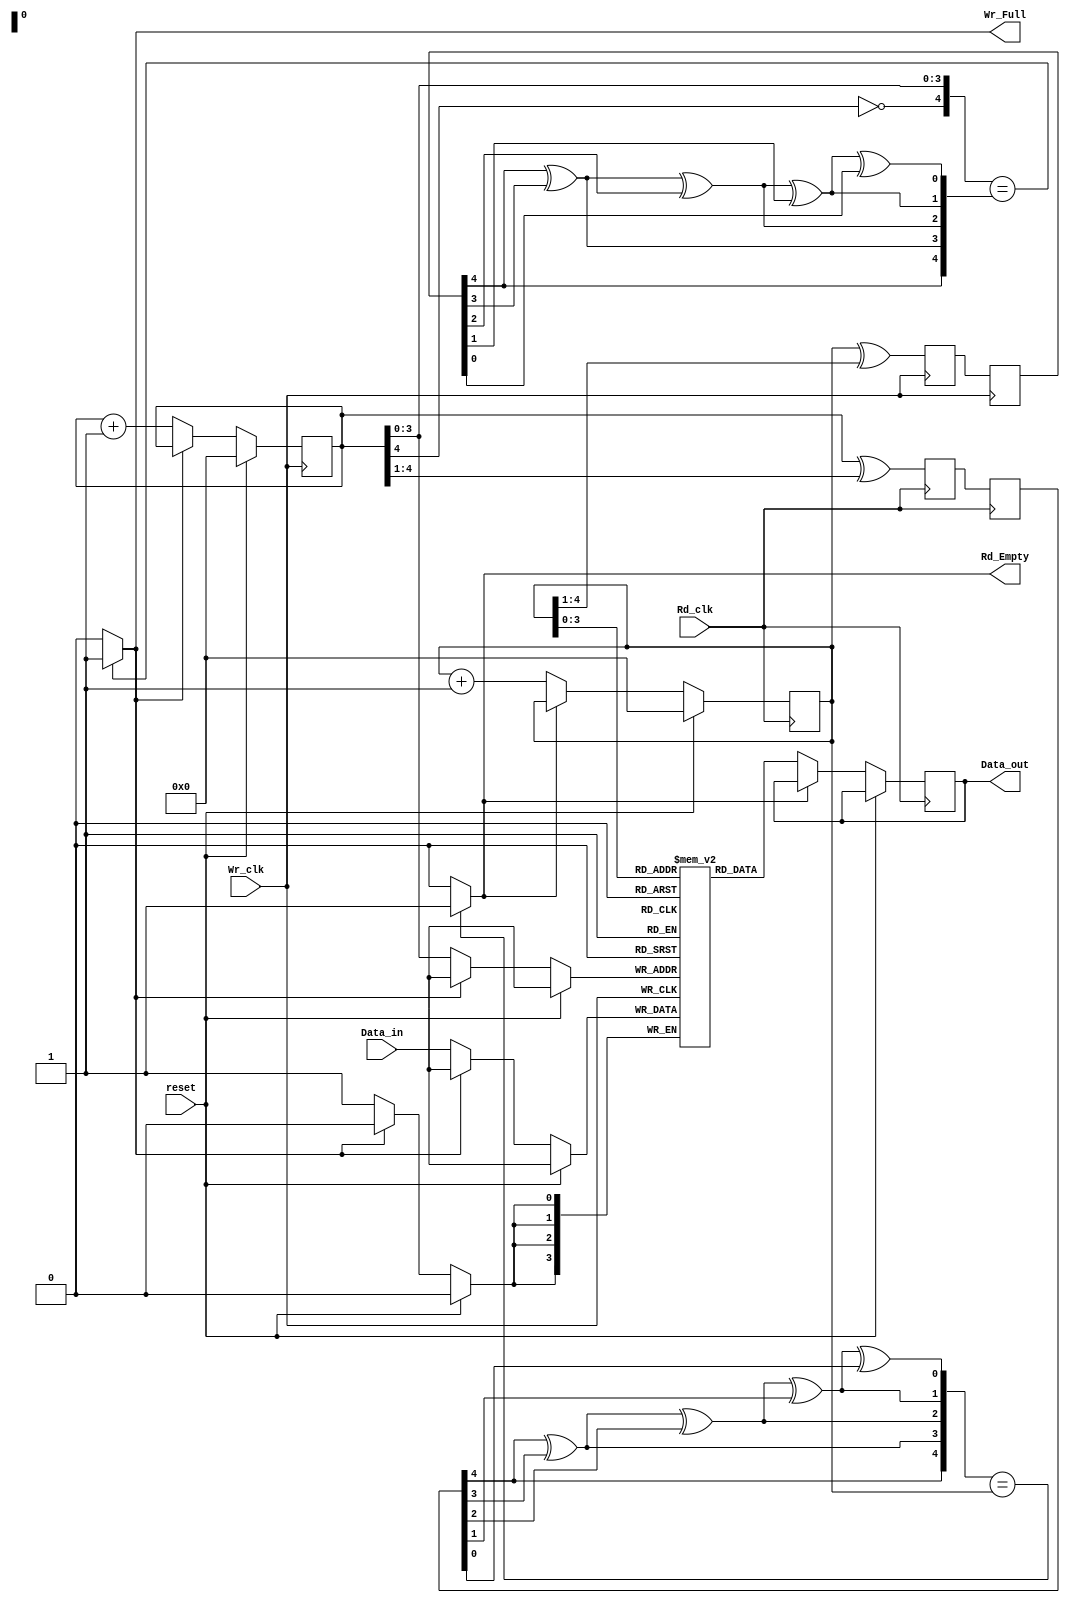
module Async_Fifo(Wr_clk,Rd_clk,reset,Data_in,Data_out,Rd_Empty,Wr_Full);
parameter Depth = 16;
parameter Width = 4;
input Wr_clk,Rd_clk,reset;
input [Width-1:0] Data_in;
output [Width-1:0] Data_out;
output Rd_Empty,Wr_Full;

reg [Width-1:0] Fifo [Depth-1:0];

reg [Width-1:0] Data_out_reg;
reg [Width:0] Wr_ptr_binary,Wr_sync_1,Wr_ptr_sync_2;
reg [Width:0] Rd_ptr_binary,Rd_sync_1,Rd_ptr_sync_2;
wire [Width:0] Rd_ptr_gray,Wr_ptr_gray;
wire [Width:0] Rd_ptr_binary_sync,Wr_ptr_binary_sync;

//--Write_data_into_Fifo--//

assign Rd_Empty = (Wr_ptr_binary_sync == Rd_ptr_binary) ? 1 : 0;
assign Wr_Full = ({~Wr_ptr_binary[Width],Wr_ptr_binary[Width-1:0]} == Rd_ptr_binary_sync) ? 1:0;

assign Data_out = Data_out_reg;
always @(posedge Wr_clk)
begin
	if(reset)
			Wr_ptr_binary <= 4'd0;
	else if(Wr_Full == 0 ) begin
			Wr_ptr_binary <= Wr_ptr_binary + 1;
			Fifo[Wr_ptr_binary[Width-1:0]] <= Data_in;
			end
end


//--Read_data_out_of_Fifo--//

always @(posedge Rd_clk)
begin
	if(reset)
		Rd_ptr_binary <= 4'd0;
		else if(Rd_Empty == 0) begin
	
		Rd_ptr_binary <= Rd_ptr_binary + 1;
		Data_out_reg <= Fifo[Rd_ptr_binary[Width-1:0]];
		end
end			

//--Read_and_Write_synchronizers--//
always @(posedge Rd_clk)
begin
Wr_sync_1 <= Wr_ptr_gray;
Wr_ptr_sync_2 <= Wr_sync_1;
end

always @(posedge Wr_clk)
begin
Rd_sync_1 <= Rd_ptr_gray;
Rd_ptr_sync_2 <= Rd_sync_1;
end

//-- Binary_to_gray_and_gray_to_binary--//

assign Wr_ptr_gray = Wr_ptr_binary ^ (Wr_ptr_binary >> 1);
assign Rd_ptr_gray = Rd_ptr_binary ^ (Rd_ptr_binary >> 1);

assign Rd_ptr_binary_sync[4] = Rd_ptr_sync_2[4];
assign Rd_ptr_binary_sync[3] = Rd_ptr_binary_sync[4]^Rd_ptr_sync_2[3];
assign Rd_ptr_binary_sync[2] = Rd_ptr_binary_sync[3]^Rd_ptr_sync_2[2];
assign Rd_ptr_binary_sync[1] = Rd_ptr_binary_sync[2]^Rd_ptr_sync_2[1];
assign Rd_ptr_binary_sync[0] = Rd_ptr_binary_sync[1]^Rd_ptr_sync_2[0];

assign Wr_ptr_binary_sync[4] = Wr_ptr_sync_2[4];
assign Wr_ptr_binary_sync[3] = Wr_ptr_binary_sync[4]^Wr_ptr_sync_2[3];
assign Wr_ptr_binary_sync[2] = Wr_ptr_binary_sync[3]^Wr_ptr_sync_2[2];
assign Wr_ptr_binary_sync[1] = Wr_ptr_binary_sync[2]^Wr_ptr_sync_2[1];
assign Wr_ptr_binary_sync[0] = Wr_ptr_binary_sync[1]^Wr_ptr_sync_2[0];



endmodule